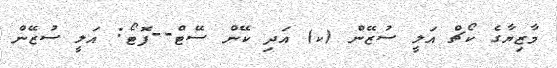
މާޒިޔާގެ ކޯޗް އަލީ ސުޒޭން (ކ) އަދި ކޭން ސޭޓް--ފޮޓޯ: އަލީ ސުޒޭން